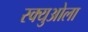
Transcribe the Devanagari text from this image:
स्क्युओला